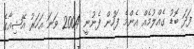
ފަދަ ބޮޑު ގެއްލުމެއް އެންމެ ފަހުން ފެނުނީ 2004 ވަނަ އަހަރު އޭޝިއާގެ